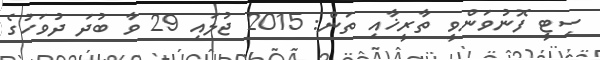
ސިޓީ ފޮނުވަންވީ ތާރީޚާއި ތަން: 2015 ޖުލައި 29 ވާ ބުދަ ދުވަހުގެ